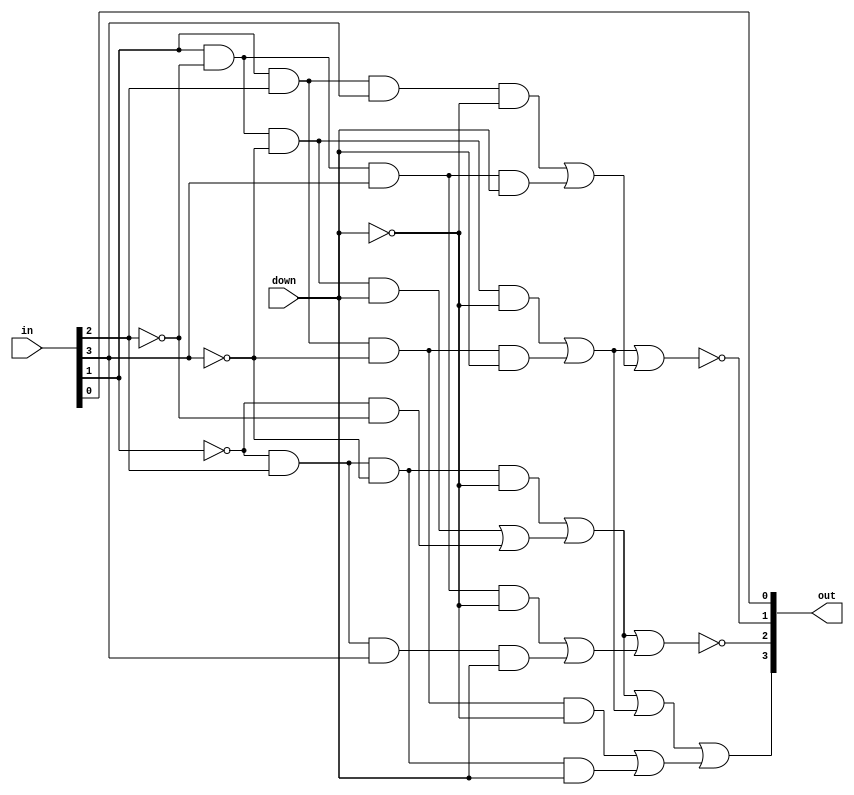
module internalstate(
    input [3:0]     in,
    input           down,
    output [3:0]    out
);


//    | Current State   | Next State (DOWN=0) | Next State (DOWN=1)  |
//    |-----------------|---------------------|----------------------|
//    | A 101 (1st 3)   | B 100 (2nd 3)       | F 010 (2)            |
//    | B 100 (2nd 3)   | C 011 (3rd 3)       | A 101 (1st 3)        |
//    | C 011 (3rd 3)   | D 110 (5)           | B 100 (2nd 3)        |
//    | D 110 (5)       | E 111 (6)           | C 011 (3rd 3)        |
//    | E 111 (6)       | F 010 (2)           | D 110 (5)            |
//    | F 010 (6)       | A 010 (2)           | E 110 (5)            |


///////////////////////////////////////////////////////////////////////
//                           CURRENT STATES                          //
///////////////////////////////////////////////////////////////////////

wire [3:0] n_in;
not(n_in[0], in[0]);
not(n_in[1], in[1]);
not(n_in[2], in[2]);
not(n_in[3], in[3]);

wire _cf, _c, _f;
and(_cf, n_in[1],   in[2]);
and(_c,      _cf,   in[3]);
and(_f,      _cf, n_in[3]);

wire _ab, _de, _a, _b, _d, _e;
and(_ab,   in[1], n_in[2]);
and(_de,   in[1],   in[2]);
and( _a,     _ab,   in[3]);
and( _b,     _ab, n_in[3]);
and( _d,     _de, n_in[3]);
and( _e,     _de,   in[3]);

wire _zero;
and(_zero, n_in[1], n_in[2]);

///////////////////////////////////////////////////////////////////////
//                            NEXT STATES                            //
///////////////////////////////////////////////////////////////////////

wire up;
not(up, down);

// A ===================================================================
wire out_a, out_a1, out_a2, out_a3;
and(out_a1,     _f,     up);
and(out_a2,     _b,   down);
or (out_a3, out_a2,  _zero);
or ( out_a, out_a1, out_a3);

// B ===================================================================
wire out_b, out_b1, out_b2;
and(out_b1,     _a,     up);
and(out_b2,     _c,   down);
or ( out_b, out_b1, out_b2);

// C ===================================================================
wire out_c, out_c1, out_c2;
and(out_c1,     _b,     up);
and(out_c2,     _d,   down);
or ( out_c, out_c1, out_c2);

// D ===================================================================
wire out_d, out_d1, out_d2;
and(out_d1,     _c,     up);
and(out_d2,     _e,   down);
or ( out_d, out_d1, out_d2);

// E ===================================================================
wire out_e, out_e1, out_e2;
and(out_e1,     _d,     up);
and(out_e2,     _f,   down);
or ( out_e, out_e1, out_e2);

// F ===================================================================
wire out_f, out_f1, out_f2;
and(out_f1,     _e,     up);
and(out_f2,     _a,   down);
or ( out_f, out_f1, out_f2);

///////////////////////////////////////////////////////////////////////
//                           STATE TO BIT                            //
///////////////////////////////////////////////////////////////////////


//    | A 101 |
//    | B 100 |
//    | C 011 |
//    | D 110 |
//    | E 111 |
//    | F 010 |

// out[0] ===============================================================
// is not used.
buf( out[0], in[0]);

// out[1] ===============================================================
// = NOT ( C or F )
wire out_cf;
or(out_cf, out_c, out_f);
not(out[1], out_cf);

// out[2] ===============================================================
// = NOT ( A or B )

wire out_ab;
or(out_ab, out_a, out_b);
not(out[2], out_ab);

// out[3] ===============================================================
// = (A or C or E)

wire out_ac;
or(out_ac, out_a, out_c);
or(out[3], out_ac, out_e);

endmodule